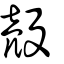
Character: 殼